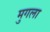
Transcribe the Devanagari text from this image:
मुगला